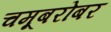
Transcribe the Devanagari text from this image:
चमूबरोबर